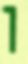
ו